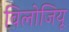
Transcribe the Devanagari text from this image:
विलोजियू